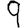
Digit: 9